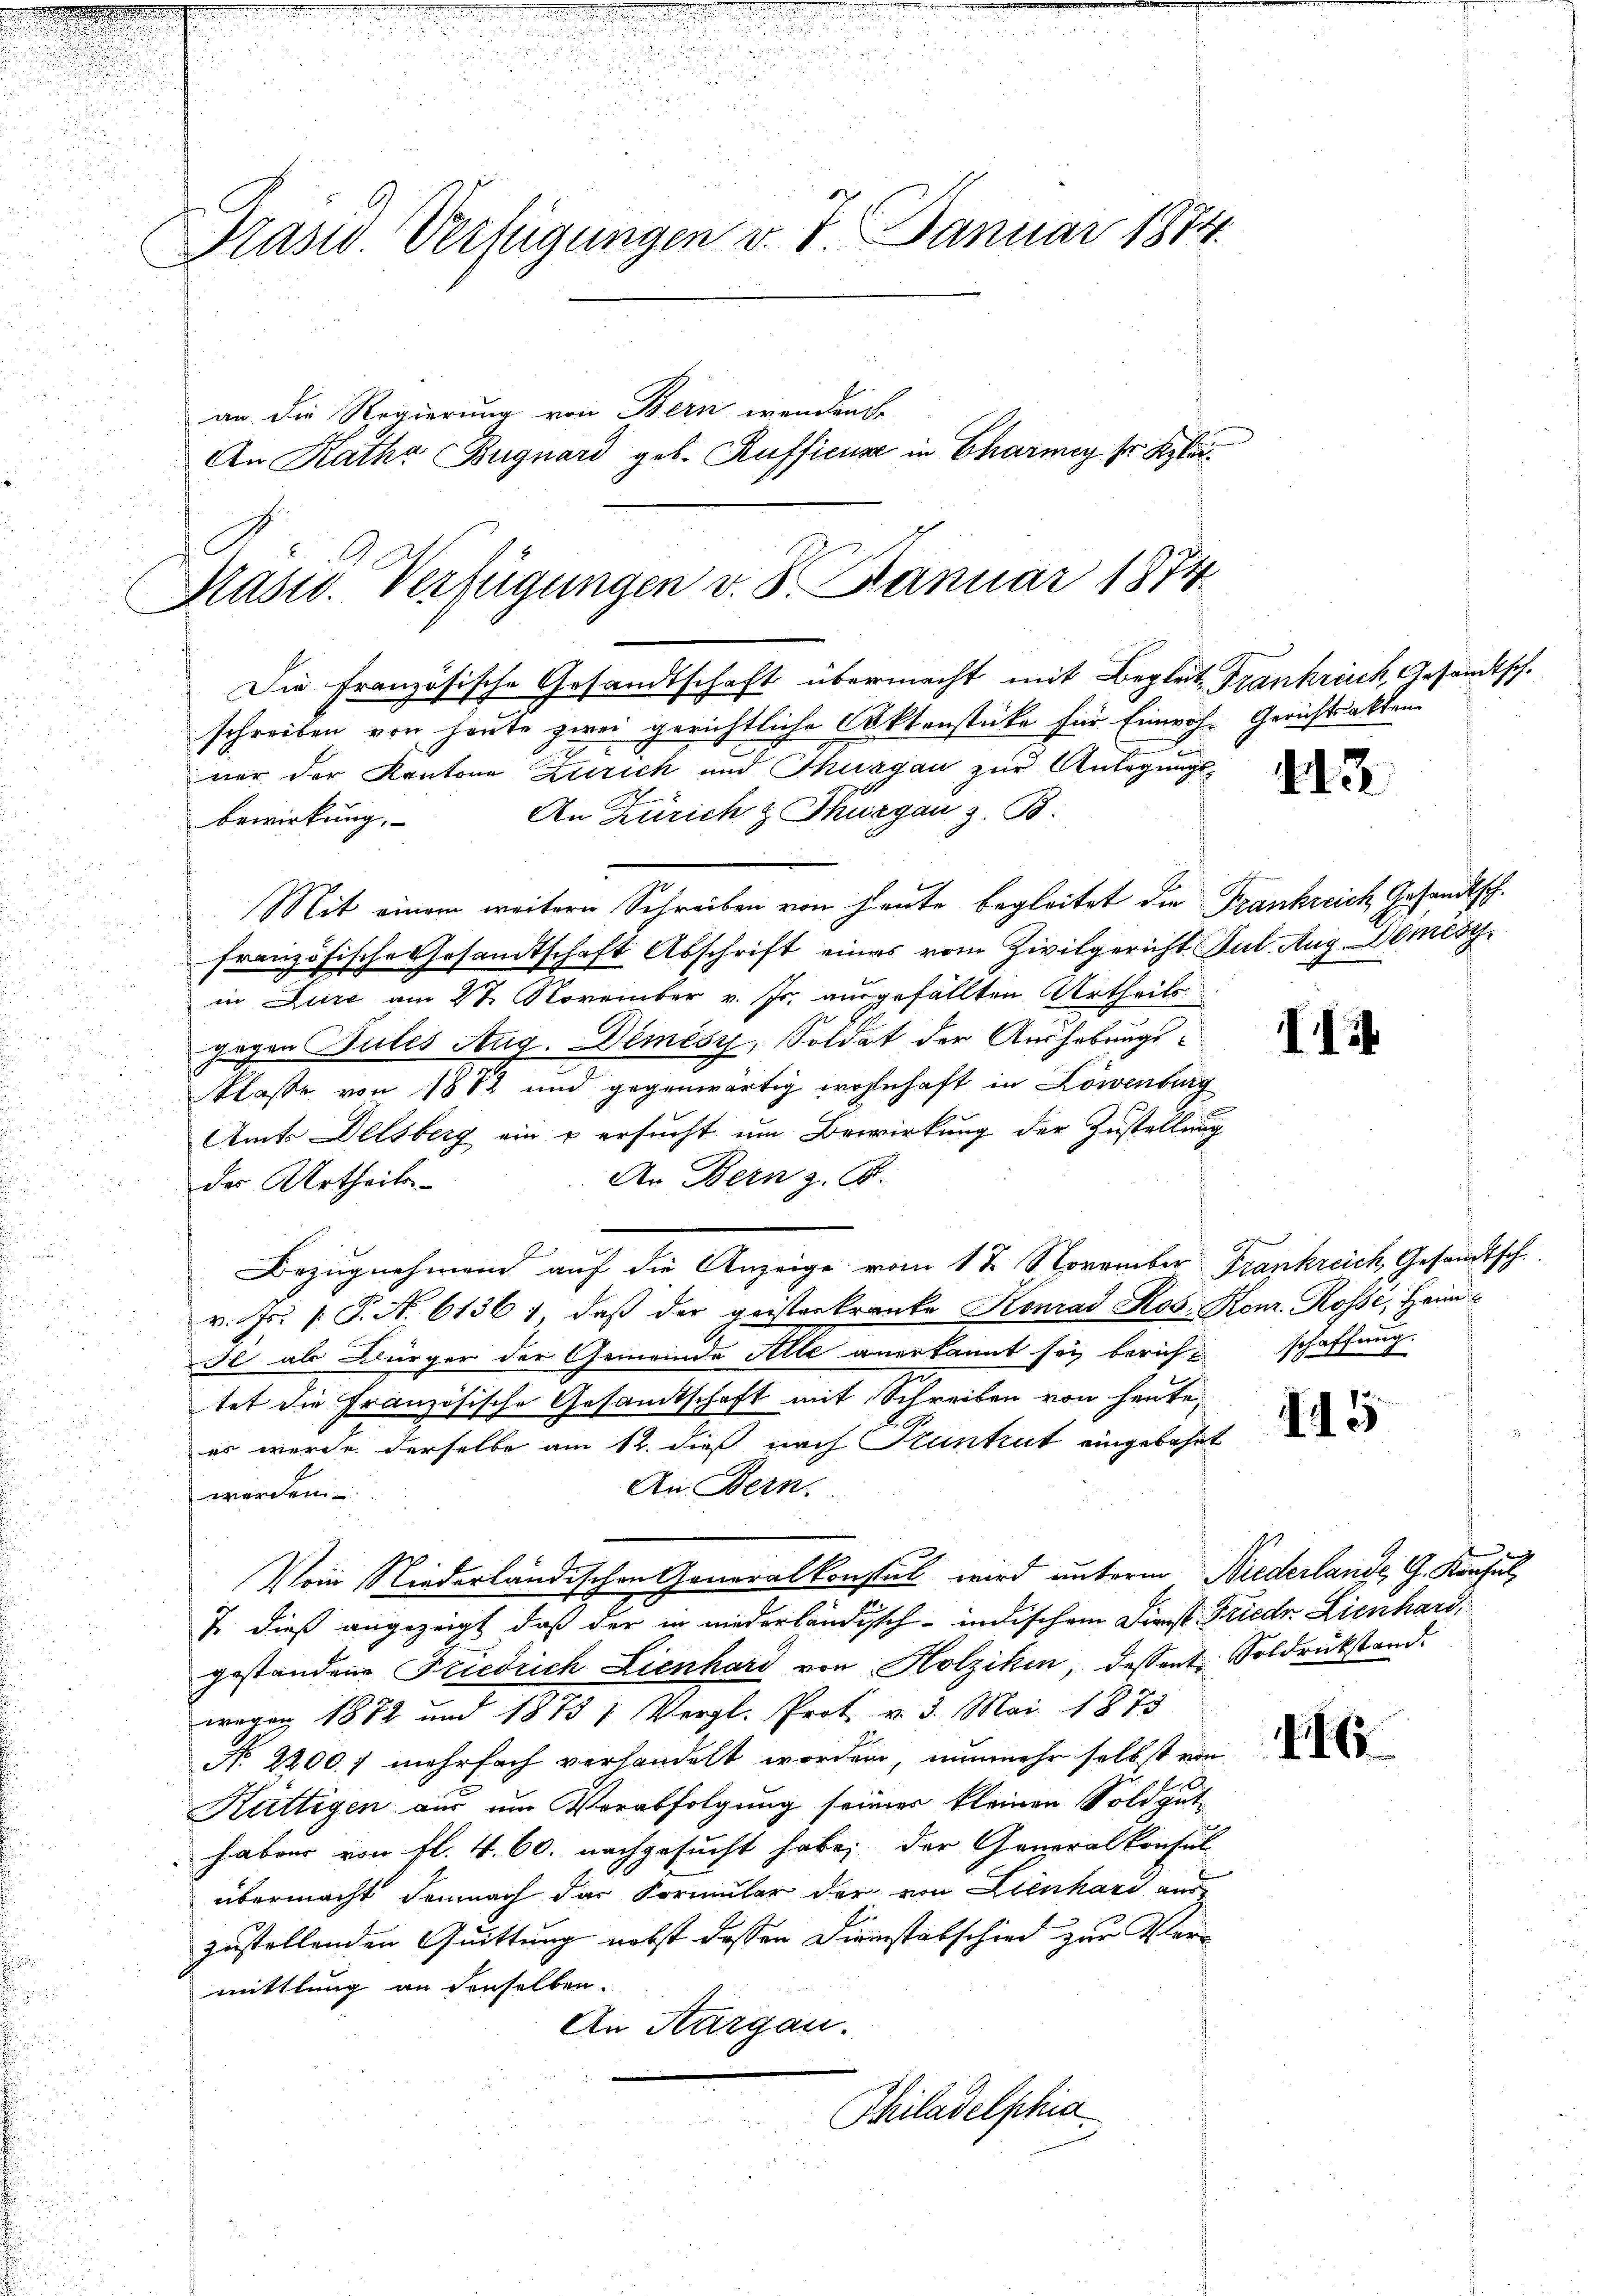
Prasw. Verfügungen v. 7. Januar 1874.
an die Regierung von Bern wendende
An Katha Bugnard geb. Kufficus in Charmi sr Klä¬

Masw. Verfügungen v. 8. Januar 1874.

Die Französische Gesandtschaft übermacht mit Begleit, Frankreich, Gesandtsch.
schreiben von heute zwei gerichtliche Aktenstücke für Einwoh- Gerichtsakten
ner der Kantone Zürich und Thurgau zur Anlegungs¬
An Zürich & Thurgau z. B.
bewirkung,
Mit einem weitern Schreiben vom heute begleitet die Frankreich Gesandtsch.
französische Gesandtschaft Abschrift eines vom Zivilgericht Jul. Aug. Demésyin Zuze am 27. November v. Js. ausgefällten Urtheils
gegen Pules Aug. Demisch, Soldat der Aushebungs¬
Klasse von 1882 und gegenwärtig wohnhaft in Löwenburg
Amts Delsberg ein u ersucht um Bewirkung der Zustellung
An Bern z. B.
der Urtheils
Bezugnahmend auf die Anzeige vom 12 November Frankreich, Gesandtsch.
v. Js. [ P. N. 61361, daß der geisterkranke Konrad Kos. Konr. Rosse, Heim
H als Bürger der Gemeinde Alle anerkannt sei berichtet die Französische Gesandtschaft mit Schreiben von heute,
es wurde derselbe am 12. dieß nach Kunhut eingebahnt
An Bern.
werden
Vom Niederländischen Generalkonstal wird unterm Niederlande, G. Konsul
J. dieß angezeigt, daß der in niederländisch-indischem First Friedr Lienhard,
gestandene Friedrich Lienhard von Holziken, dessent. Soldrükstand.
wegig 1872 und 1875 1 Vergl. Prot. v. 3. Mai 1873
No 2200. f mehrfach verhandelt worden, nunmehr selbst von
Küttigen aus um Verabfolgung seiner kleinen Sold gut
haben von fl. 4. 60. nachgesucht habe; der Generalkonsul
übermacht demnach das Formular der von Lienhard aus
zustellenden Quittung nebst dessen Dirinstatschied zur Vermittlung an denselben.
An Aargau.
Philadelphia

A12

II

15

416

schaffung.